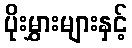
ပိုးမွှားများနှင့်